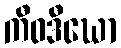
ကီဝဒီဃော